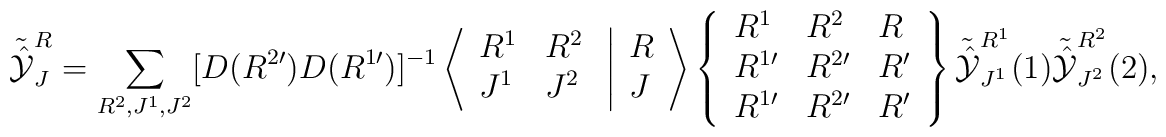
{\tilde {\hat {\cal Y}}}_J^R = \sum_{R^2, J^1, J^2} [D(R^{2 \prime})D(R^{1 \prime})]^{-1} \left \langle \begin{array}{ll}R^1 & R^2 \\J^1 & J^2 \end{array} \right. \left | \begin{array}{l}R \\J \end{array} \right \rangle \left \{ \begin{array}{lll}R^1 & R^2 & R \\R^{1 \prime} & R^{2 \prime} & R^\prime \\R^{1 \prime} & R^{2 \prime} & R^\prime \end{array} \right \} {\tilde {\hat {\cal Y}}}_{J^1}^{R^1}(1){\tilde {\hat {\cal Y}}}_{J^2}^{R^2}(2),